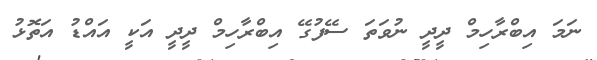
ނަމަ އިބްރާހިމް ދީދީ ނުވަތަ ސޭފުގޭ އިބްރާހިމް ދީދީ އަކީ އައްޑު އަތޮޅު